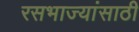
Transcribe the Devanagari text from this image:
रसभाज्यांसाठी